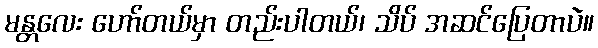
မန္တလေး ဟော်တယ်မှာ တည်းပါတယ်၊ သိပ် အဆင်ပြေတာပဲ။